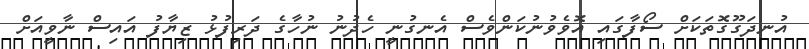
އުނދަގޫގޮތަކަށް ސޯފާގައި އޮވެވުނުކަންވެސް އެނގުނީ ހެދުނު ނުހާގެ ދަރިފުޅު ޒިޔާފު އައިސް ނާވީއަށް